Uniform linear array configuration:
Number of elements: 32
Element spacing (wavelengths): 0.5
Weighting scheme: uniform
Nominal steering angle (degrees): -30
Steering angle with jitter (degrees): -28.596
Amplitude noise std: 0.05
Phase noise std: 0.05

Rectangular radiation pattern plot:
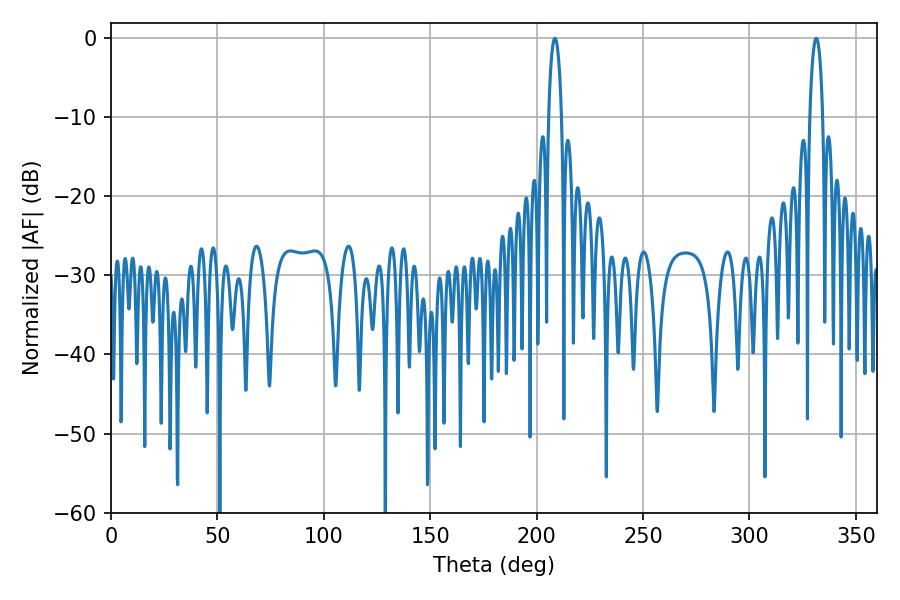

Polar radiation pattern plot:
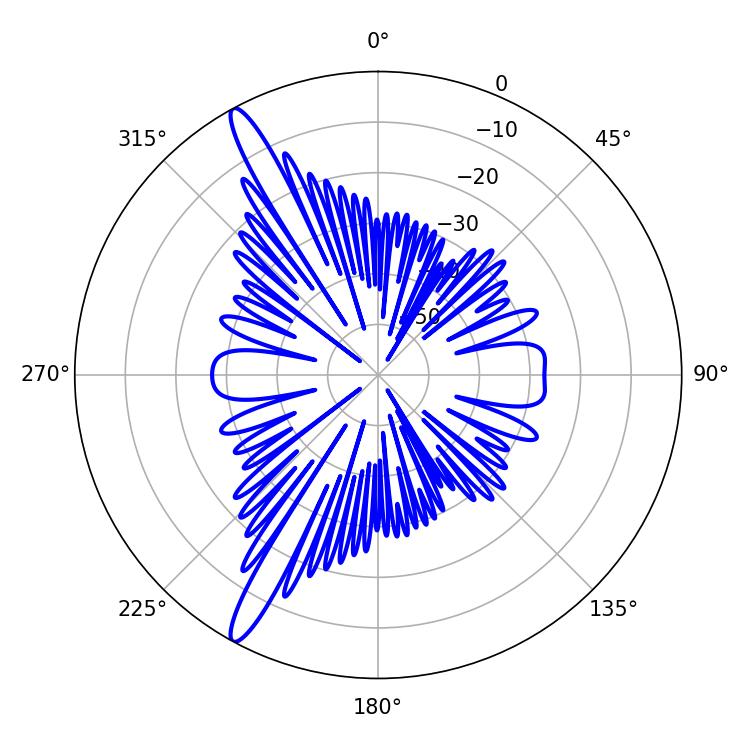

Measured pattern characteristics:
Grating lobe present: FALSE
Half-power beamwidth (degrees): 3.42
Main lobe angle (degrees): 208.62